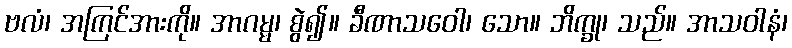
ဗလံ၊ အကြင်အားကို။ အာဂမ္မ၊ စွဲ၍။ ခီဏာသဝေါ၊ သော။ ဘိက္ခု၊ သည်။ အာသဝါနံ၊